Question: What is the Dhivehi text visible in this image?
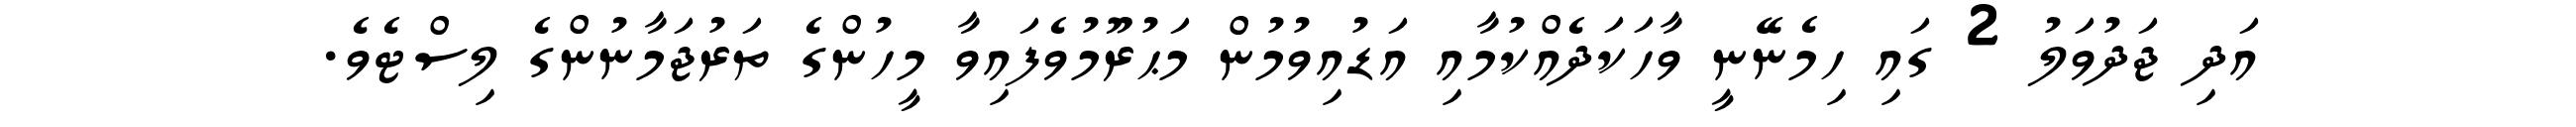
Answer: އަދި ޖަދުވަލު 2 ގައި ހިމެނޭނީ ވާހަކަދެއްކުމާއި އަޑުއިވުމުން މަޙުރޫމުވެފައިވާ މީހުންގެ ތަރުޖަމާނުންގެ ލިސްޓެވެ.